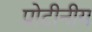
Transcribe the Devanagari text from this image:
प्रोटीनीय